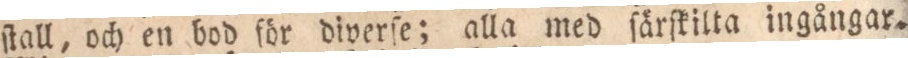
ſtall, och en bod för diverſe; alla med ſärſkilta ingångar.